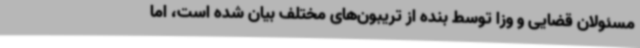
مسئولان قضایی و وزا توسط بنده از تریبون‌های مختلف بیان شده است، اما